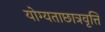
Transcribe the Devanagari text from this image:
योग्यताछात्रवृत्ति